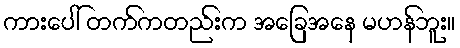
ကားပေါ် တက်ကတည်းက အခြေအနေ မဟန်ဘူး။